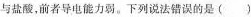
与盐酸，前者导电能力弱。下列说法错误的是（ ）